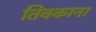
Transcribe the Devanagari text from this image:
तिक्काना